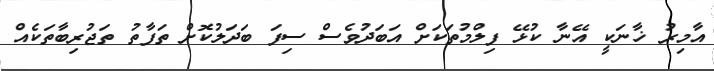
އާމިރު ޚާނަކީ އޭނާ ކުޅޭ ފިލްމުތަކަށް އަބަދުވެސް ސިފަ ބަދަލުކޮށް ތަފާތު ތަޖުރިބާތަކެއް